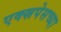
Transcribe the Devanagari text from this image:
एक्स्रपेसच्या